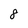
Character: 8